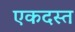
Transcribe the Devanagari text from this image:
एकदस्त